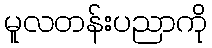
မူလတန်းပညာကို